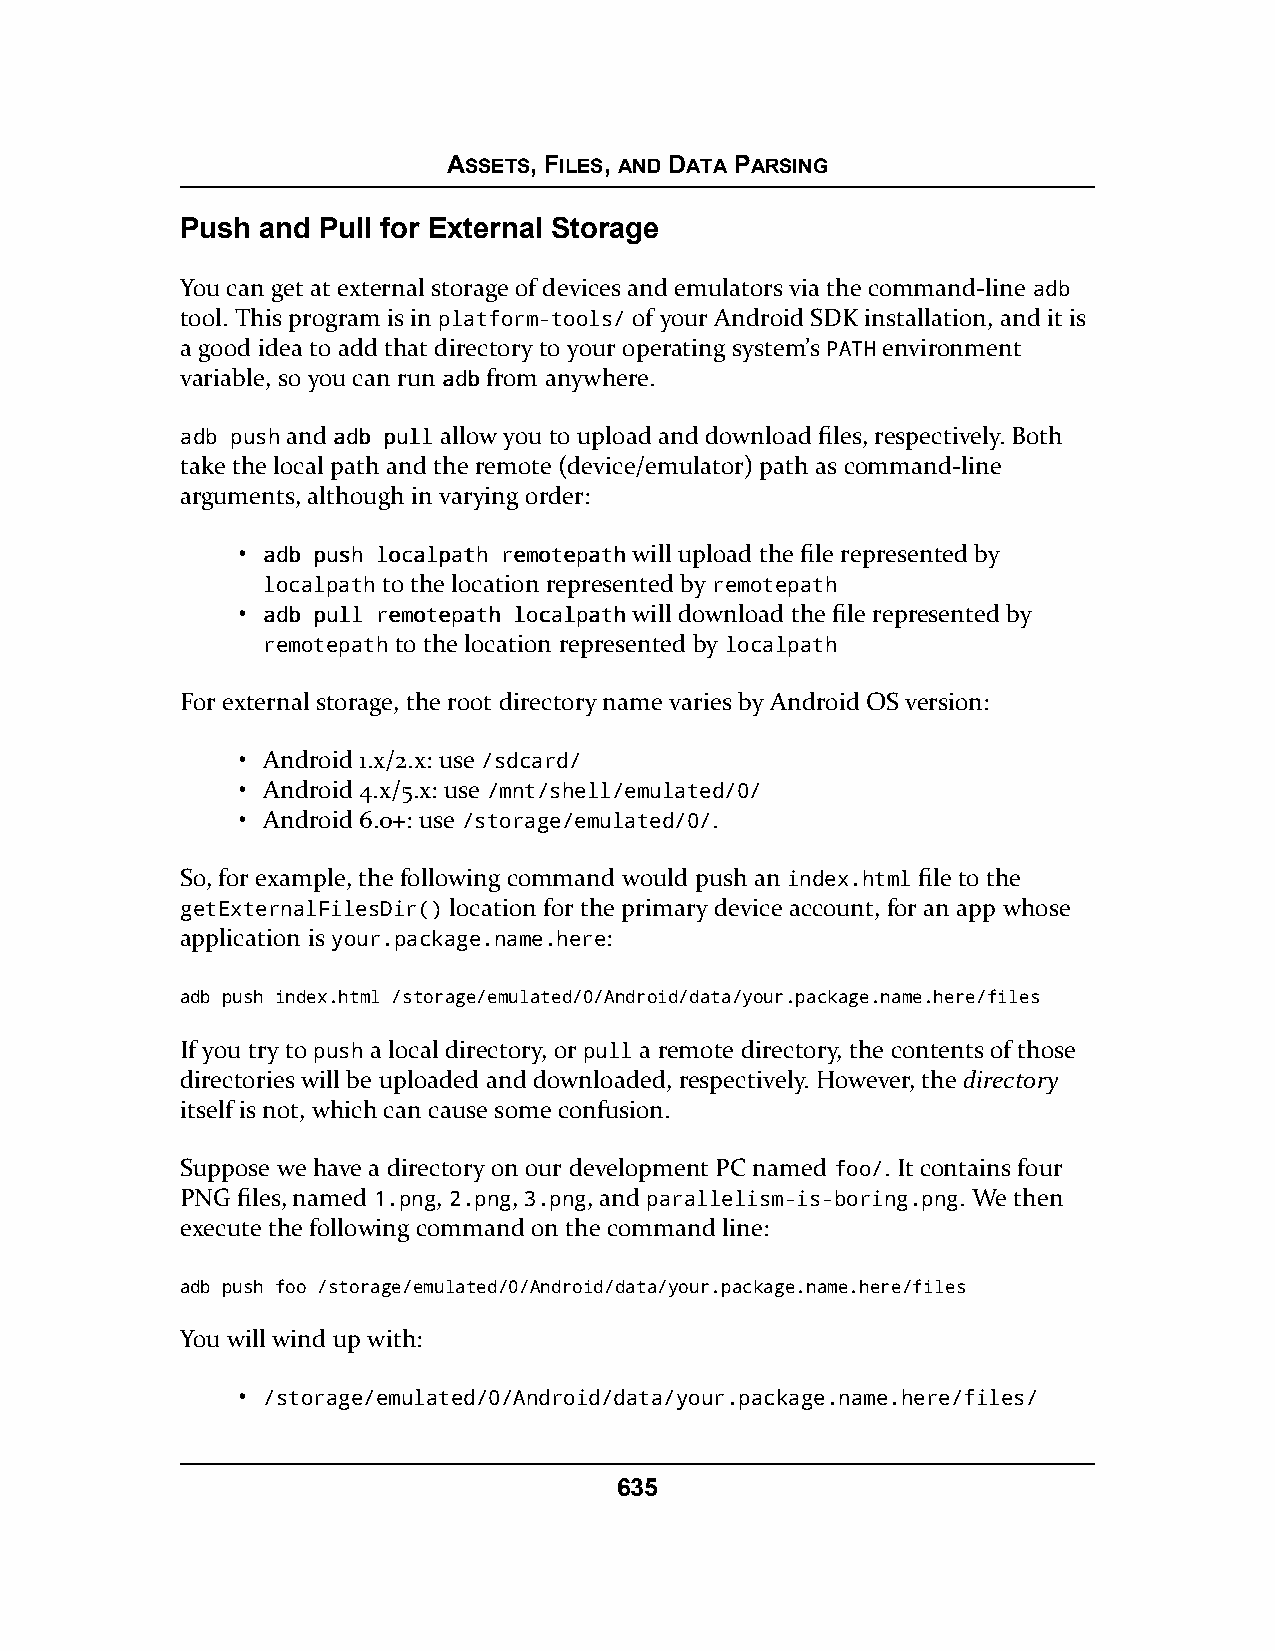
ASSETS, FILES, AND DATA PARSING
 Push and Pull for External Storage
 You can get at external storage of devices and emulators via the command-line aaddbb
 tool. This program is in platform-tools/ of your Android SDK installation, and it is
 a good idea to add that directory to your operating system’s PATH environment
 variable, so you can run aaddbbfrom anywhere.
 aaddbb ppuusshhand aaddbb ppuullllallow you to upload and download files, respectively. Both
 take the local path and the remote (device/emulator) path as command-line
 arguments, although in varying order:
 • aaddbb ppuusshh llooccaallppaatthh rreemmootteeppaatthhwill upload the file represented by
 localpath to the location represented by remotepath
 • aaddbb ppuullll rreemmootteeppaatthh llooccaallppaatthhwill download the file represented by
 remotepath to the location represented by localpath
 For external storage, the root directory name varies by Android OS version:
 • Android 1.x/2.x: use /sdcard/
 • Android 4.x/5.x: use /mnt/shell/emulated/0/
 • Android 6.0+: use /storage/emulated/0/.
 So, for example, the following command would push an index.html file to the
 getExternalFilesDir() location for the primary device account, for an app whose
 application is your.package.name.here:
 adb push index.html /storage/emulated/0/Android/data/your.package.name.here/files
 If you try to push a local directory, or pull a remote directory, the contents of those
 directories will be uploaded and downloaded, respectively. However, the directory
 itself is not, which can cause some confusion.
 Suppose we have a directory on our development PC named foo/. It contains four
 PNG files, named 1.png, 2.png, 3.png, and parallelism-is-boring.png. We then
 execute the following command on the command line:
 adb push foo /storage/emulated/0/Android/data/your.package.name.here/files
 You will wind up with:
 • /storage/emulated/0/Android/data/your.package.name.here/files/
 635